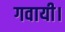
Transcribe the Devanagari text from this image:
गवायी।